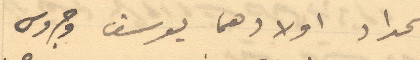
الحداد اولادهما يوسف وجروس